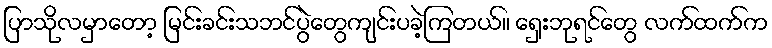
ပြာသိုလမှာတော့ မြင်းခင်းသဘင်ပွဲတွေကျင်းပခဲ့ကြတယ်။ ရှေးဘုရင်တွေ လက်ထက်က